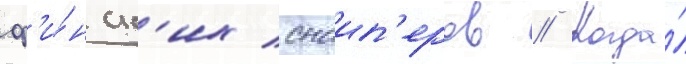
ф'и́нск'их снаип'еров // Когда́